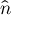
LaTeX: \hat { \boldsymbol { n } }